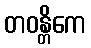
တဝန္တိကေ